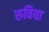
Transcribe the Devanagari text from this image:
रुविया